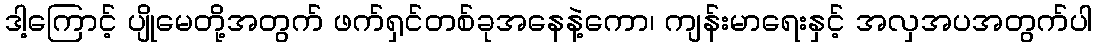
ဒါ့ကြောင့် ပျိုမေတို့အတွက် ဖက်ရှင်တစ်ခုအနေနဲ့ကော၊ ကျန်းမာရေးနှင့် အလှအပအတွက်ပါ